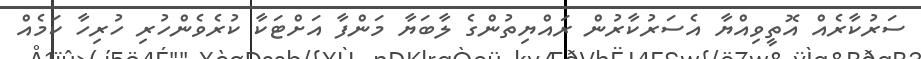
ސަރުކާރެއް އޮތީވިއްޔާ އެސަރުކާރުން ރައްޔިތުންގެ ލާބަޔާ މަންފާ އަށްޓަކާ ކުރެވެންހުރި ހުރިހާ ކަމެއް